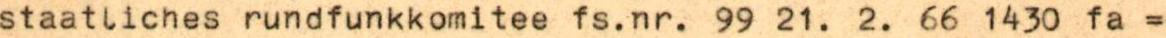
staatliches rundfunkkomitee fs.nr. 99 21. 2. 66 1430 fa =